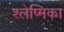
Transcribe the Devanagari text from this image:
श्‍लेष्मिका